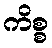
ကိစ္စ